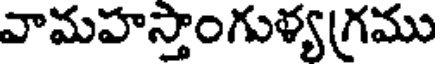
వామహస్తాంగుళ్య(గ్రము